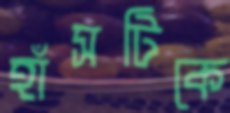
হাঁসটিকে